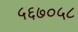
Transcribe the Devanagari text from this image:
५६७०५८